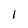
Character: 1